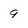
Character: 9